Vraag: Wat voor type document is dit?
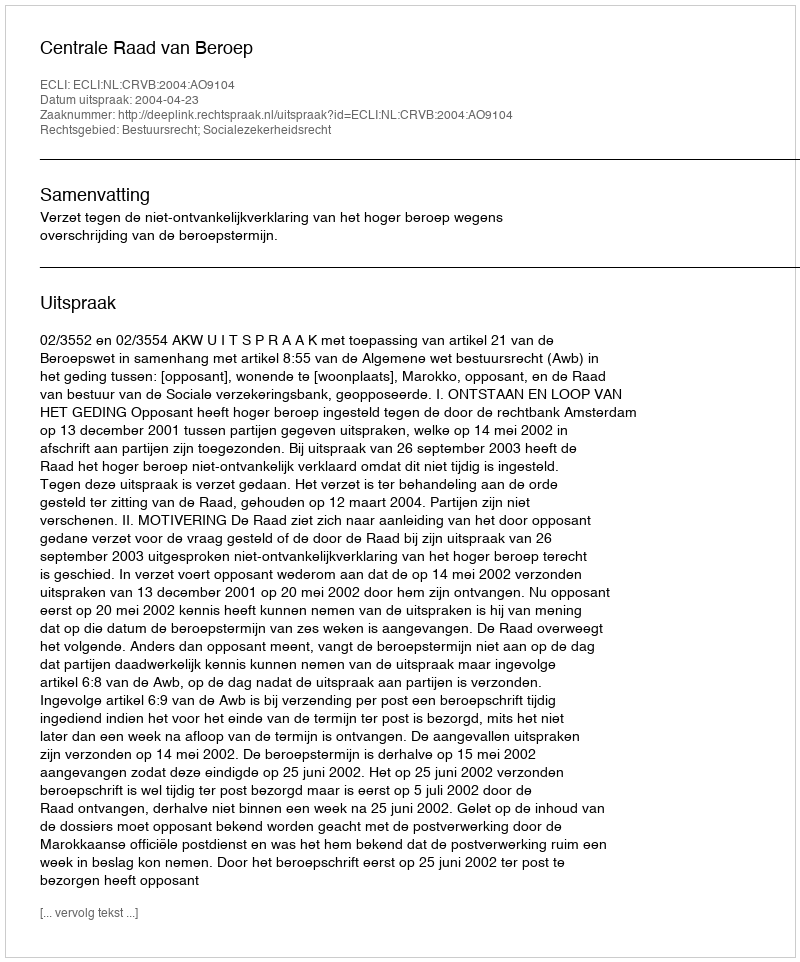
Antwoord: Uitspraak